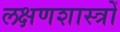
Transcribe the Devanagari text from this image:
लक्षणशास्त्रों